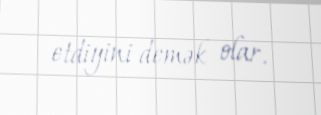
etdiyini demək olar.